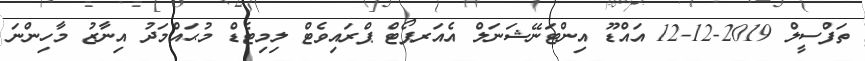
ތަފްސީލް 2019-12-12 އައްޑޫ އިންޓަނޭޝަނަލް އެއަރޕޯޓް ޕްރައިވެޓް ލިމިޓެޑް މުޙައްމަދު އިނާޒު މާހިންނަ